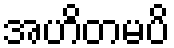
အဟိတမပိ